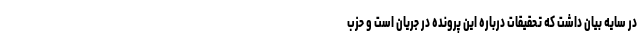
در سایه بیان داشت که تحقیقات درباره این پرونده در جریان است و حزب